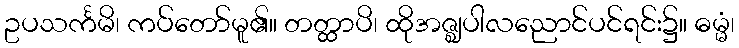
ဥပသင်္ကမိ၊ ကပ်တော်မူ၏။ တတ္ထာပိ၊ ထိုအဇ္ဈပါလညောင်ပင်ရင်း၌။ ဓမ္မံ၊